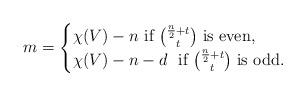
LaTeX: \begin{align*}m= \begin{cases}\chi(V)-n \ \mbox{if $\binom{\frac{n}{2}+t}{t}$ is even}, \\\chi(V)-n-d \ \ \mbox{if $\binom{\frac{n}{2}+t}{t}$ is odd}.\end{cases}\end{align*}